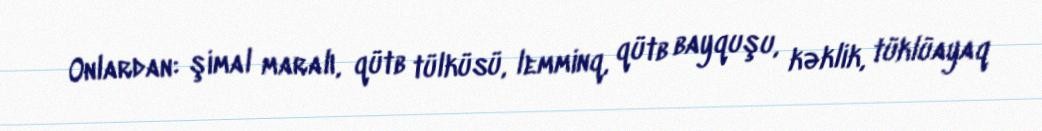
Onlardan: şimal maralı, qütb tülküsü, lemminq, qütb bayquşu, kəklik, tüklüayaq